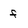
Character: f